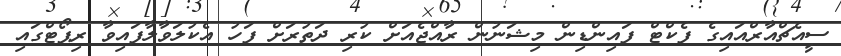
ސީއެޗްއާރްއައިގެ ފެކްޓް ފައިންޑިން މިޝަނުން ރާއްޖެއަށް ކުރި ދަތުރަށް ފަހު އެކުލަވާލާފައިވާ ރިޕޯޓްގައި